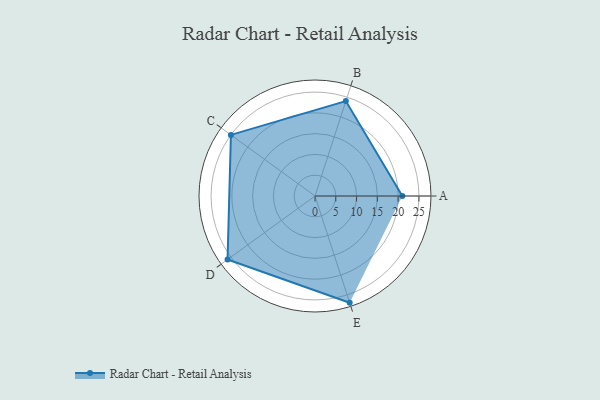
{"axis": {"x": "Skill", "y": "Score"}, "legend": ["Profile"], "data": [{"x": "A", "y": 21.0, "type": "Profile"}, {"x": "B", "y": 24.0, "type": "Profile"}, {"x": "C", "y": 25.0, "type": "Profile"}, {"x": "D", "y": 26.0, "type": "Profile"}, {"x": "E", "y": 27.0, "type": "Profile"}]}